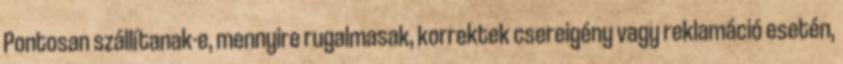
Pontosan szállítanak-e, mennyire rugalmasak, korrektek csereigény vagy reklamáció esetén,